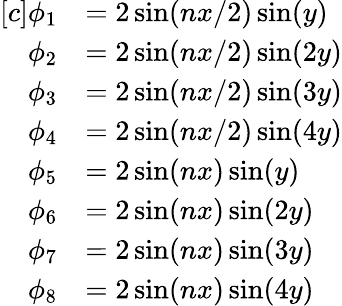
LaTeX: \begin{array}{rl}{[c]\phi_{1}}&{=2\sin(nx/2)\sin(y)}\\ {\phi_{2}}&{=2\sin(nx/2)\sin(2y)}\\ {\phi_{3}}&{=2\sin(nx/2)\sin(3y)}\\ {\phi_{4}}&{=2\sin(nx/2)\sin(4y)}\\ {\phi_{5}}&{=2\sin(nx)\sin(y)}\\ {\phi_{6}}&{=2\sin(nx)\sin(2y)}\\ {\phi_{7}}&{=2\sin(nx)\sin(3y)}\\ {\phi_{8}}&{=2\sin(nx)\sin(4y)}\end{array}